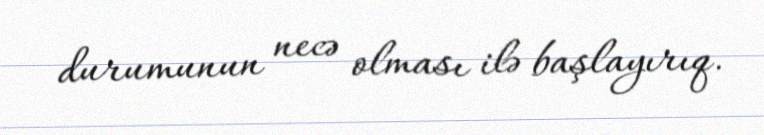
durumunun necə olması ilə başlayırıq.